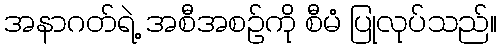
အနာဂတ်ရဲ့ အစီအစဉ်ကို စီမံ ပြုလုပ်သည်။